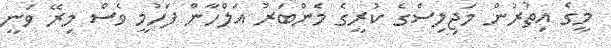
މީީގެ އިތުރުން މަޖިލިސްގެ ކުރީގެ މެންބަރު އަލްހާން ފަހުމީ ވެސް މިރޭ ވަނީ